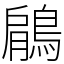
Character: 鵳